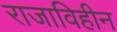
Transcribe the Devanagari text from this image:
राजाविहीन